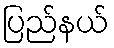
ပြည်နယ်